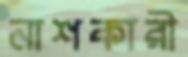
নাশকারী